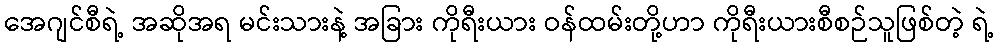
အေဂျင်စီရဲ့ အဆိုအရ မင်းသားနဲ့ အခြား ကိုရီးယား ဝန်ထမ်းတို့ဟာ ကိုရီးယားစီစဉ်သူဖြစ်တဲ့ ရဲ့